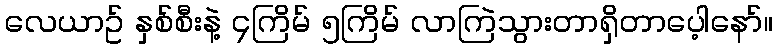
လေယာဥ် နှစ်စီးနဲ့ ၄ကြိမ် ၅ကြိမ် လာကြဲသွားတာရှိတာပေ့ါနော်။